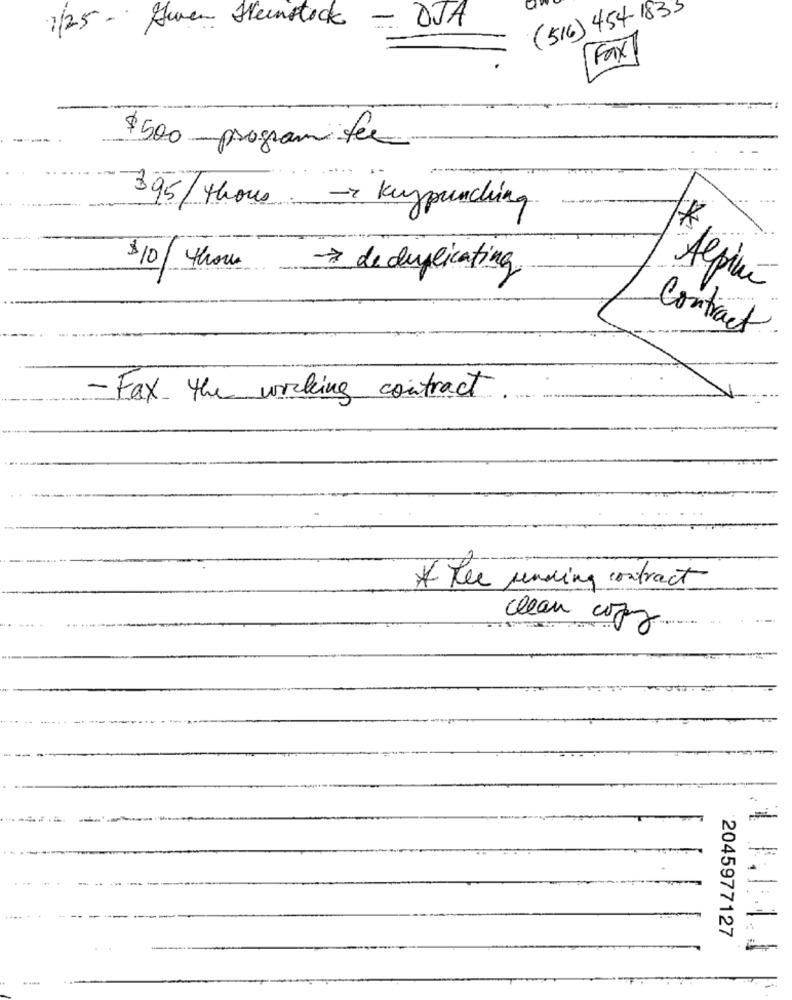
(516) 454-1835
1/25- Awen Heimstock - OJA
Fax
-----
$500 program fee
395/ thous > keypunching
$10/4hour
* de duplicating
Alpine
Contract
- Fax the working contract
-
* Tee sending contract
clean copy.
2045977127